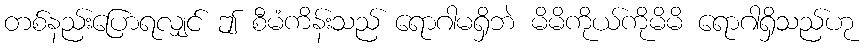
တစ်နည်းပြောရလျှင် ဤ စီမံကိန်းသည် ရောဂါမရှိဘဲ မိမိကိုယ်ကိုမိမိ ရောဂါရှိသည်ဟု